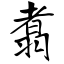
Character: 翥